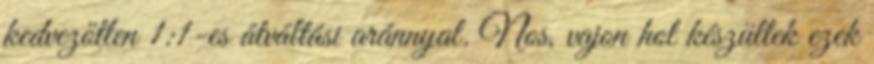
kedvezőtlen 1:1-es átváltási aránnyal. Nos, vajon hol készültek ezek